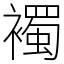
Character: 襡